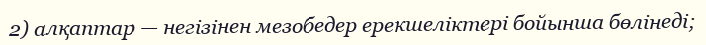
2) алқаптар — негізінен мезобедер ерекшеліктері бойынша бөлінеді;